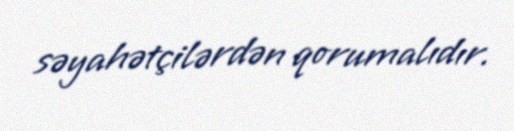
səyahətçilərdən qorumalıdır.